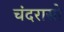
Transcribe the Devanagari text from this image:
चंदरासो